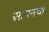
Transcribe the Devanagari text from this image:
सायनचा